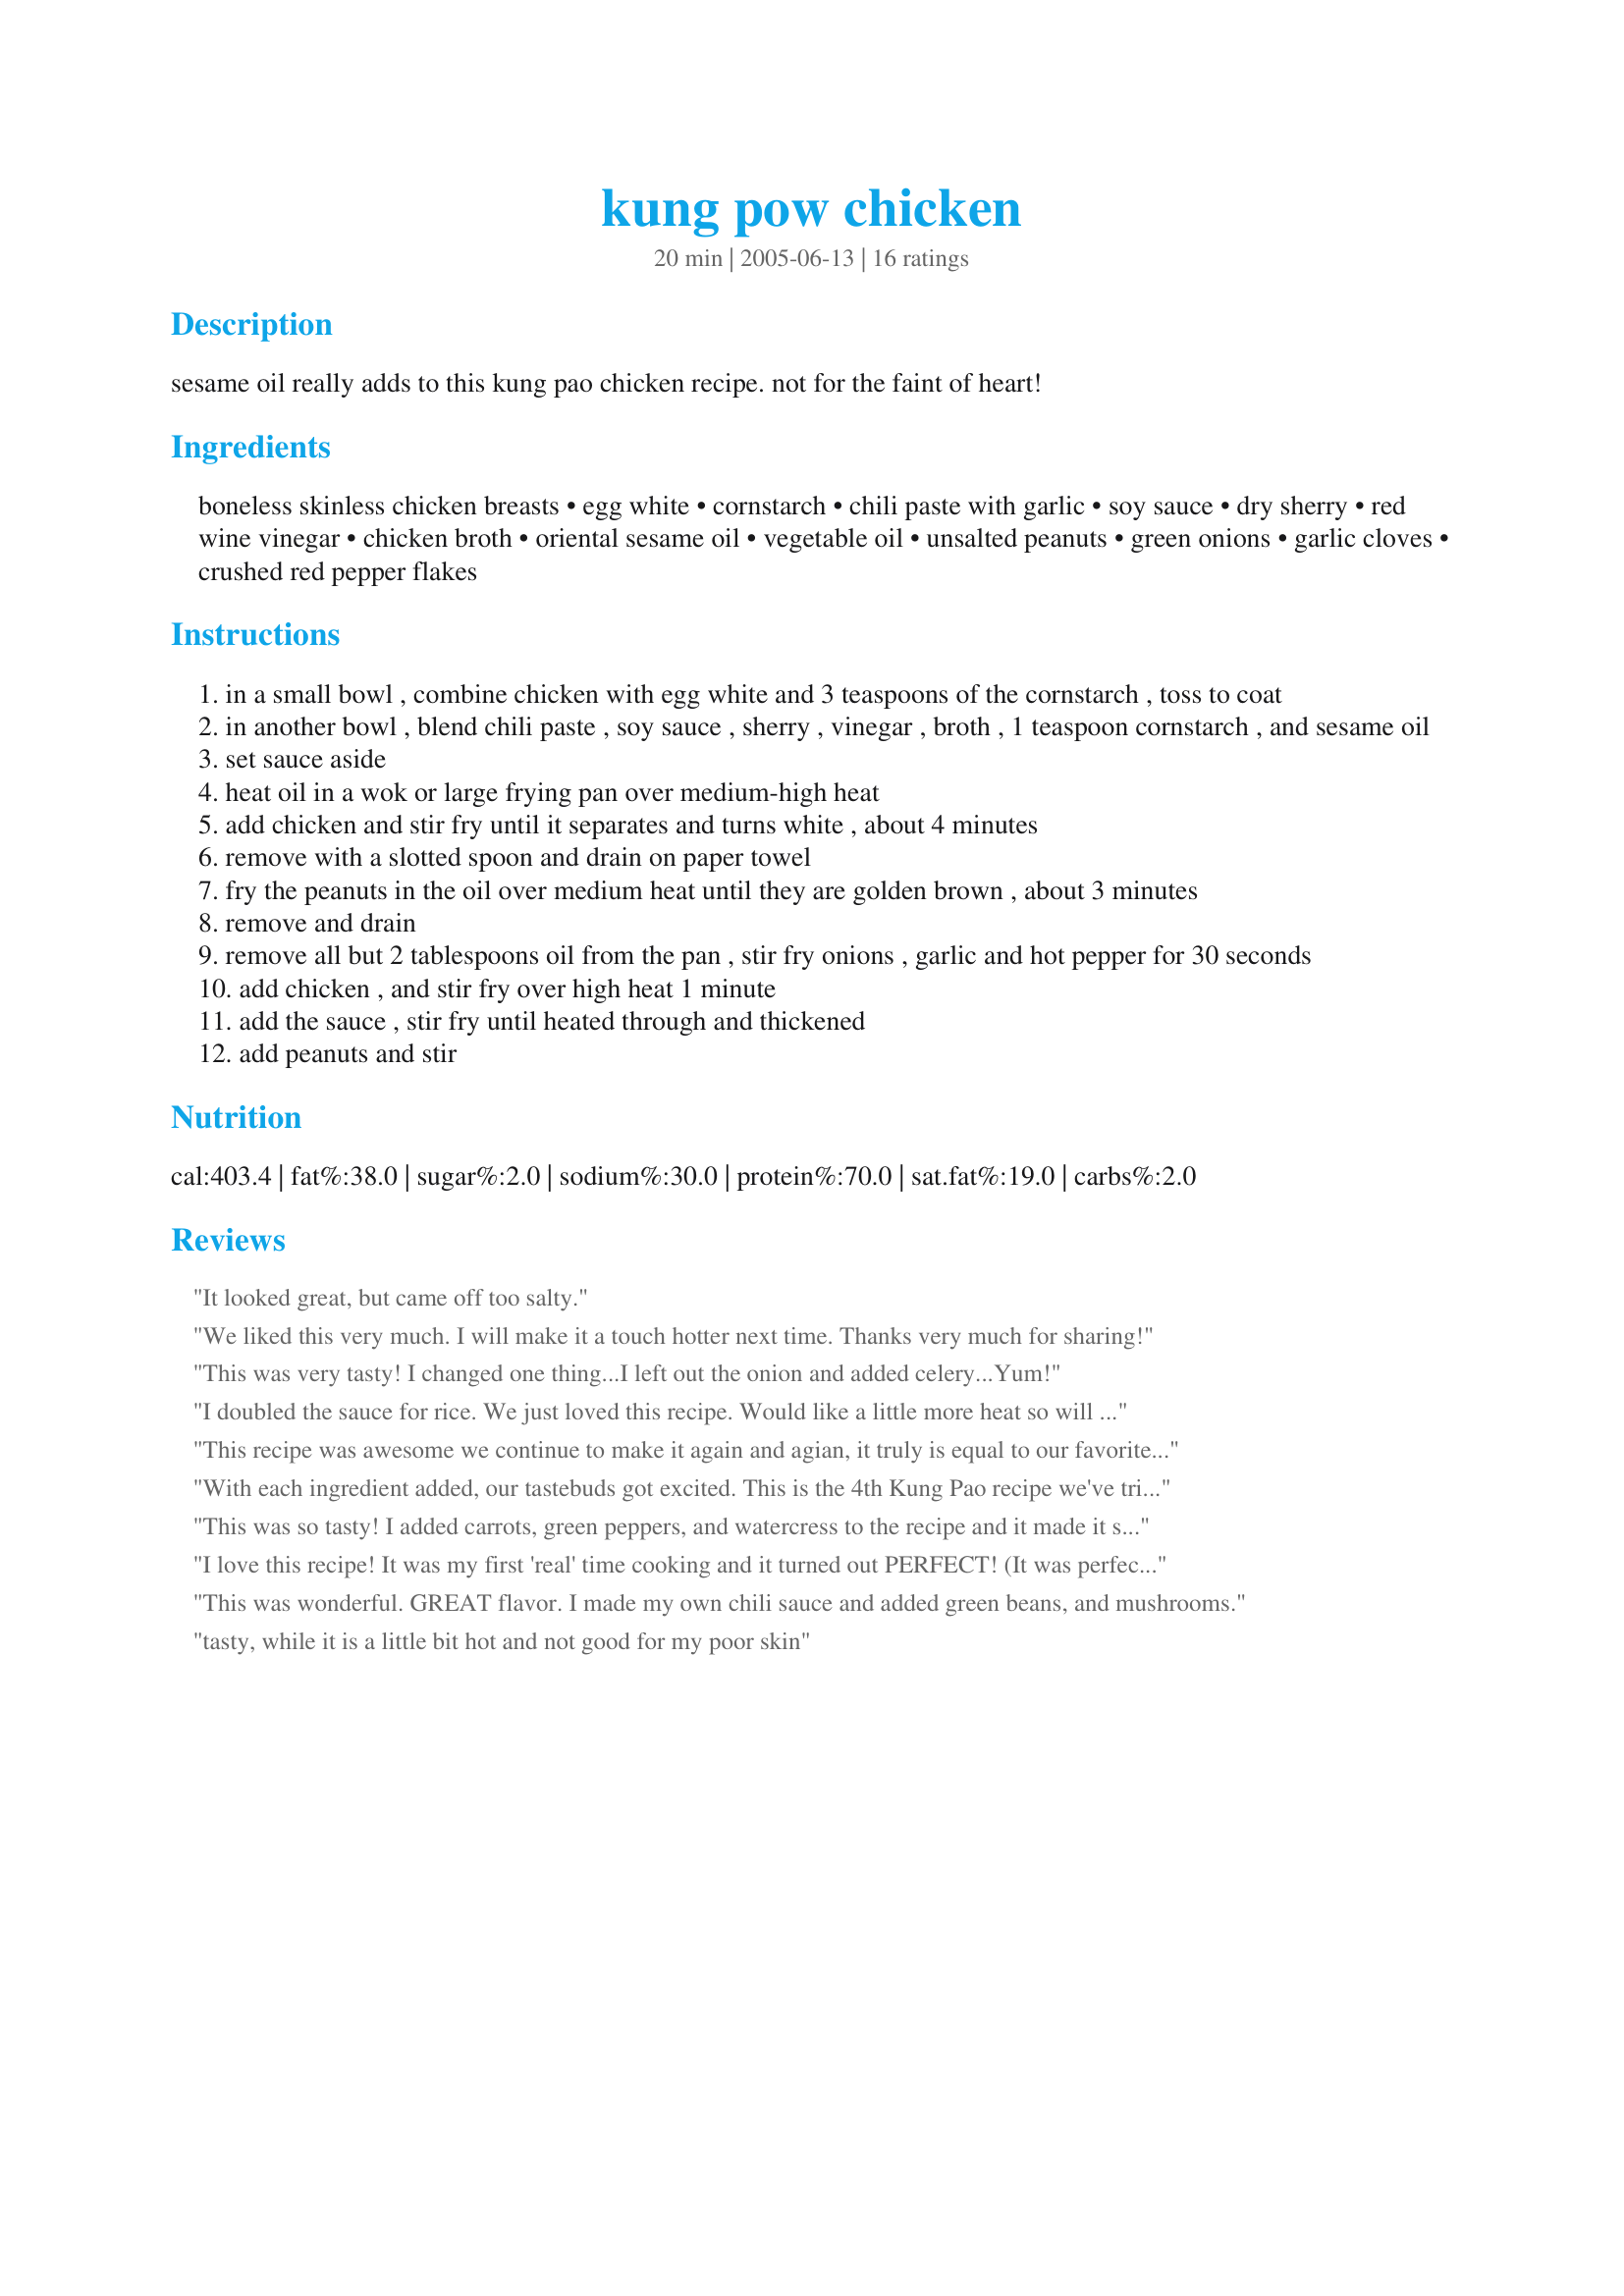
kung pow chicken
Preparation time: 20 minutes

sesame oil really adds to this kung pao chicken recipe. not for the faint of heart!

Ingredients:
boneless skinless chicken breasts, egg white, cornstarch, chili paste with garlic, soy sauce, dry sherry, red wine vinegar, chicken broth, oriental sesame oil, vegetable oil, unsalted peanuts, green onions, garlic cloves, crushed red pepper flakes

Steps:
in a small bowl , combine chicken with egg white and 3 teaspoons of the cornstarch , toss to coat
in another bowl , blend chili paste , soy sauce , sherry , vinegar , broth , 1 teaspoon cornstarch , and sesame oil
set sauce aside
heat oil in a wok or large frying pan over medium-high heat
add chicken and stir fry until it separates and turns white , about 4 minutes
remove with a slotted spoon and drain on paper towel
fry the peanuts in the oil over medium heat until they are golden brown , about 3 minutes
remove and drain
remove all but 2 tablespoons oil from the pan , stir fry onions , garlic and hot pepper for 30 seconds
add chicken , and stir fry over high heat 1 minute
add the sauce , stir fry until heated through and thickened
add peanuts and stir

Reviews:
It looked great, but came off too salty.
We liked this very much. I will make it a touch hotter next time. Thanks very much for sharing!
This was very tasty! I changed one thing...I left out the onion and added celery...Yum!
I doubled the sauce for rice. We just loved this recipe. Would like a little more heat so will increase that next time and there will be a next time. Served on rice.
This recipe was awesome we continue to make it again and agian, it truly is equal to our favorite at PF Chang's. i would love other recipes by this same chef. I have added pea pods for some crunch and it is great as well.
This is an A+++++ recipe
With each ingredient added, our tastebuds got excited. This is the 4th Kung Pao recipe we've tried, and certainly the best! This dish was great although we had to substitute a couple of ingredients (due to not having them): Chinese Chili Paste, Peanuts & Pepper Flakes.
STILL... this is our new favorite!
This was so tasty! I added carrots, green peppers, and watercress to the recipe and it made it so much nicer. Served with brown rice was a hit! Next time I will add more chili paste as it could have been hotter.
I love this recipe! It was my first 'real' time cooking and it turned out PERFECT! (It was perfect for sticky rice) My entire family loved it (and thats rare!); they want me to cook alot more becuase it was delicious!
This was wonderful. GREAT flavor. I made my own chili sauce and added green beans, and mushrooms.
tasty, while it is a little bit hot and not good for my poor skin
This was great for a quick meal, but one that was as good if not better than chinese take out. I cut back on the chili paste a little (hubby does not like too much heat) I do all my prep work the night before (cube chicken, cut up onion and garlic) so you can zip right along the next night.
Excellent dish. I put in more of the chili sauce, added carrots, celery, onions and ginger. Put it over a bed of rice and its dinner everyone loves.
We have made this twice now, and it's on the rotation again for this week. We make it as written with one MAJOR change - we use firm or ex-firm cubed tofu in place of the chicken, keeping the egg white and corn starch as written. OK, I think we also increase the peanuts slightly. Served with steamed brown rice, it's a tasty and healthy winner. update: still making this, but we've added some ginger.
Fantastic! My wife and I are loving this after the first try. Great recipe and I really appreciate it!
This turned out perfect and tasted really wonderful! Thanks Semra22....
This recipe is so GOOD!!! You've stumbled upon it don't make the mistake of not trying it. One thing that I think i will add next time is about 1tbsp of Ginger to the sauce. Oh did i mention that this recipe is EXCILENT!!!!
